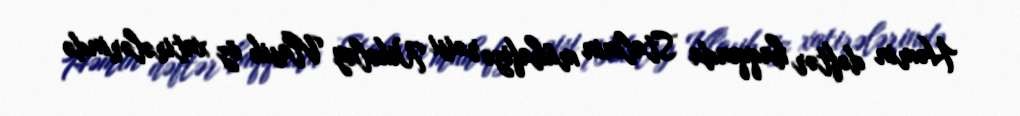
Həmin dəftər haqqında Stalinin mühafizə rəisi Nikolay Vlasik öz xatirələrində